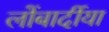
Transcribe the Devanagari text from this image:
लोंबार्दीया